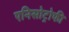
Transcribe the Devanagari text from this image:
एनिसोट्रोफी